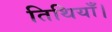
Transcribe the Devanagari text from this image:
तिथियाँ।